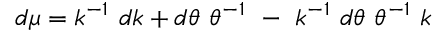
d \mu = k ^ { - 1 } ~ d k + d \theta ~ \theta ^ { - 1 } ~ - ~ k ^ { - 1 } ~ d \theta ~ \theta ^ { - 1 } ~ k